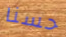
حسنا